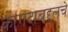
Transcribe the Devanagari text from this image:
कागदाबद्दलचे